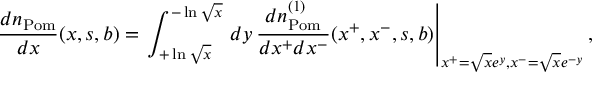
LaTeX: \frac { d n _ { \mathrm { P o m } } } { d x } ( x , s , b ) = \left. \int _ { + \ln \sqrt { x } } ^ { - \ln \sqrt { x } } \, d y \, \frac { d n _ { \mathrm { P o m } } ^ { ( 1 ) } } { d x ^ { + } d x ^ { - } } ( x ^ { + } , x ^ { - } , s , b ) \right| _ { x ^ { + } = \sqrt { x } e ^ { y } , x ^ { - } = \sqrt { x } e ^ { - y } } ,